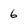
Character: 6